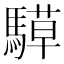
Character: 騲